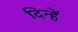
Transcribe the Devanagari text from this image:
दिन्हें